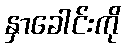
နှာခေါင်းကို